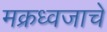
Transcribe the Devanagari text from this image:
मक्रध्वजाचे